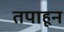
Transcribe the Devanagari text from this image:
तपाहून